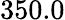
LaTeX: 350.0